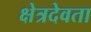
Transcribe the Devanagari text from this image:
क्षेत्रदेवता